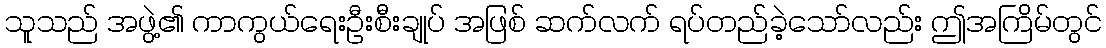
သူသည် အဖွဲ့၏ ကာကွယ်ရေးဦးစီးချုပ် အဖြစ် ဆက်လက် ရပ်တည်ခဲ့သော်လည်း ဤအကြိမ်တွင်